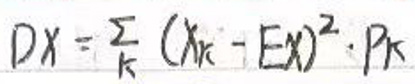
$DX=\sum_{k}(X_{k}-EX)^{2}\cdot P_{k}$